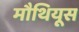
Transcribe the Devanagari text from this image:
मौथियूस